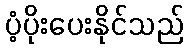
ပံ့ပိုးပေးနိုင်သည်